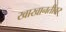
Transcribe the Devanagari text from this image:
खाखानतीवर